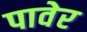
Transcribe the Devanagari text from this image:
पावेर